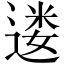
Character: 𫐷